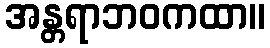
အန္တရာဘဝကထာ။